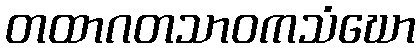
တထာဂတသာဝကသံဃော